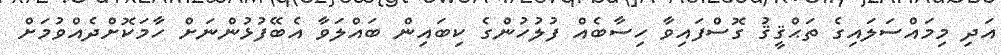
އަދި މިމައްސަލައިގެ ތަޙްޤީޤު ގޮސްފައިވާ ހިސާބެއް ފުލުހުންގެ ކިބައިން ބައްލަވާ އެބޭފުޅުންނަށް ހާމަކޮށްދެއްވުމަށް